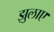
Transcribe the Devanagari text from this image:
झुलाए